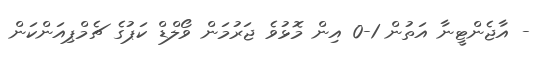
- އާޖެންޓީނާ އަތުން 1-0 އިން މޮޅުވެ ޖަރުމަން ވޯލްޑް ކަޕުގެ ޗެމްޕިއަންކަން